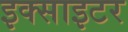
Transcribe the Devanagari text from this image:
इक्साइटर